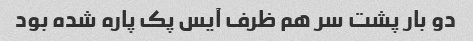
دو بار پشت سر هم ظرف آیس پک پاره شده بود